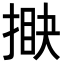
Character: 𢯵